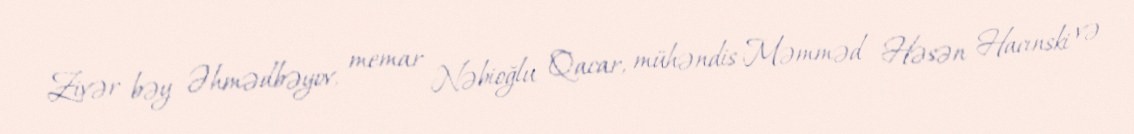
Zivər bəy Əhmədbəyov, memar Nəbioğlu Qacar, mühəndis Məmməd Həsən Hacınski və